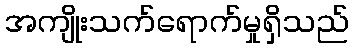
အကျိုးသက်ရောက်မှုရှိသည်